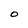
Character: o